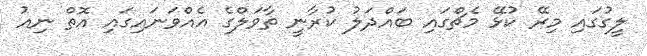
ލީގުގައި މިރޭ ކުޅޭ މެޗްގައި ބައްދަލު ކުރާނީ ތާވަލްގެ އެއްވަނައިގައި އޮތް ނިއު